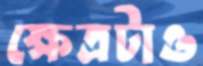
ক্ষেত্রটাও